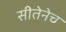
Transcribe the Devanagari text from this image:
सीतेनेच